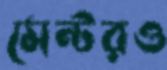
মেন্টরও